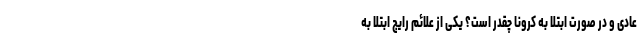
عادی و در صورت ابتلا به کرونا چقدر است؟ یکی از علائم رایج ابتلا به